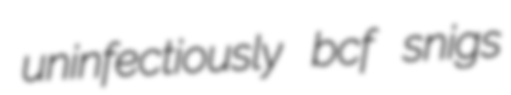
uninfectiously bcf snigs